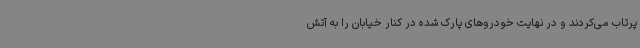
پرتاب می‌کردند و در نهایت خودروهای پارک شده در کنار خیابان را به آتش